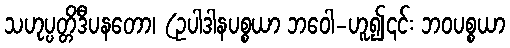
သဟုပ္ပတ္တိဒီပနတော၊ (ဥပါဒါနပစ္စယာ ဘဝေါ-ဟူ၍၎င်း ဘဝပစ္စယာ